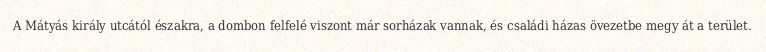
A Mátyás király utcától északra, a dombon felfelé viszont már sorházak vannak, és családi házas övezetbe megy át a terület.